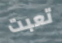
تعبت